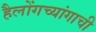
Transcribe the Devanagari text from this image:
हैलोंगच्यांगाची